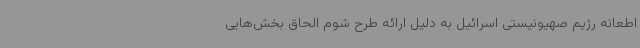
اطعانه رژیم صهیونیستی اسرائیل به دلیل ارائه طرح شوم الحاق بخش‌هایی